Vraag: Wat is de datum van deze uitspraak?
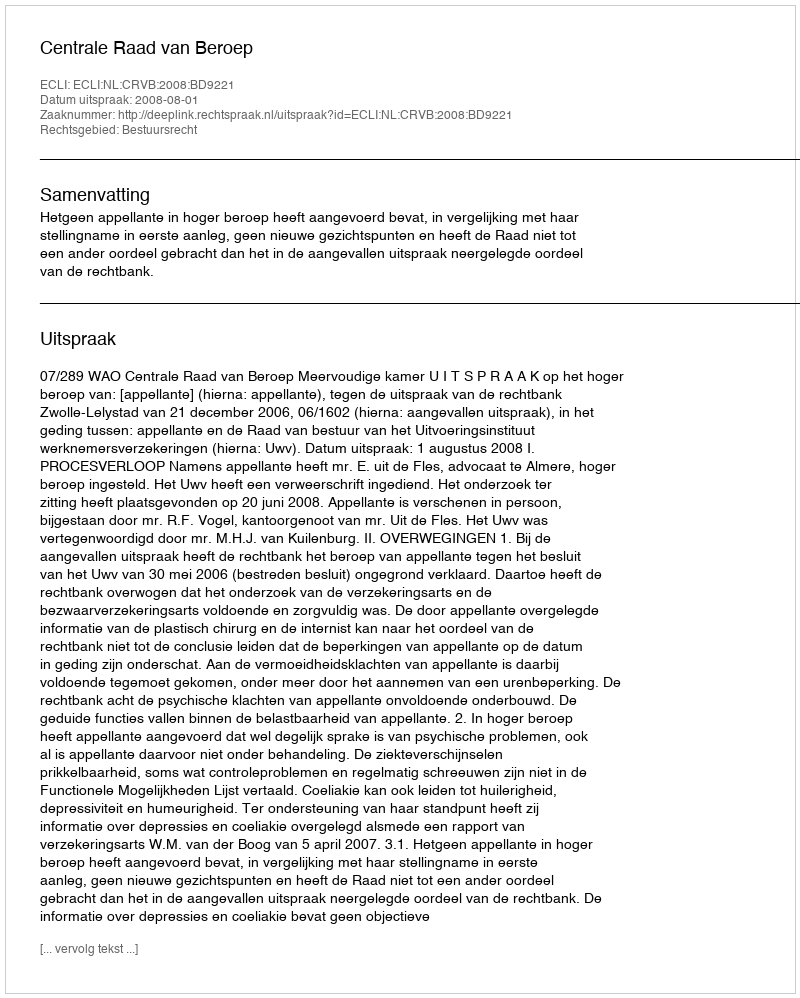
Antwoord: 2008-08-01